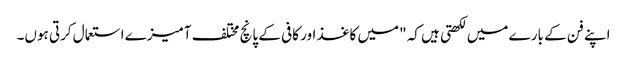
اپنے فن کے بارے میں لکھتی ہیں کہ "میں کاغذ اور کافی کے پانچ مختلف آمیزے استعمال کرتی ہوں۔